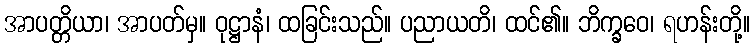
အာပတ္တိယာ၊ အာပတ်မှ။ ဝုဋ္ဌာနံ၊ ထခြင်းသည်။ ပညာယတိ၊ ထင်၏။ ဘိက္ခဝေ၊ ရဟန်းတို့။